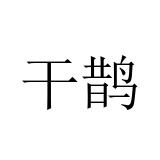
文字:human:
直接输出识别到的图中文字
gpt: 干鹊